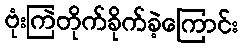
ဗုံးကြဲတိုက်ခိုက်ခဲ့ကြောင်း